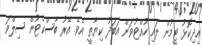
އިދިކޮޅު ޓީމުން ލައި ހުއްޓުވަން އަބަދު ކިޔާތީ އެވެ. އޭރު ބާސްކެޓުން ސިލްވަ